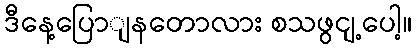
ဒီနေ့ပြောျနတောလား စသဖွငျ့ပေါ့။